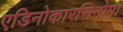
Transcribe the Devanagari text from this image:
एडिनोकारसिनोमा